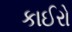
કાઈરો